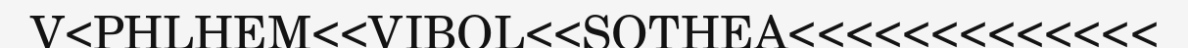
V<PHLHEM<<VIBOL<<SOTHEA<<<<<<<<<<<<<